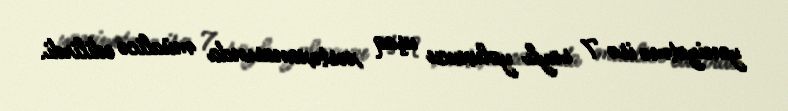
yeniyetmə isə 7 saylı yoluxucu uşaq xəstəxanasında müalicə edilirdi.